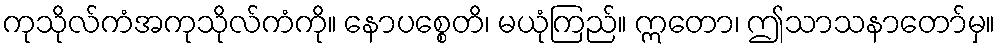
ကုသိုလ်ကံအကုသိုလ်ကံကို။ နောပစ္စေတိ၊ မယုံကြည်။ ဣတော၊ ဤသာသနာတော်မှ။